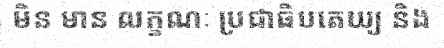
មិន មាន លក្ខណៈ ប្រជាធិបតេយ្យ និង